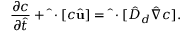
\frac { \partial c } { \partial \hat { t } } + \hat { \mathbf { \nabla } } \cdot [ c \hat { \mathbf { u } } ] = \hat { \mathbf { \nabla } } \cdot [ \hat { D } _ { d } \hat { \nabla } c ] .